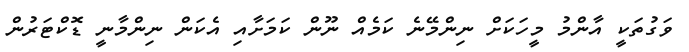
ވަގުތަކީ އާންމު މީހަކަށް ނިންމޭނެ ކަމެއް ނޫން ކަމަށާއި އެކަން ނިންމާނީ ޑޮކްޓަރުން